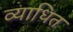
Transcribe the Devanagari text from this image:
व्याधित